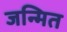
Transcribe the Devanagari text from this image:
जन्मित